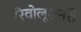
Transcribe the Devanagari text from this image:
रिवोलूशनरी